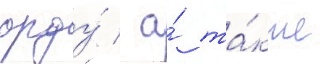
орду́ / а́ та́кже